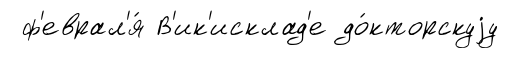
ф'еврал'я́ В'ик'исклад'е до́кторскуjу